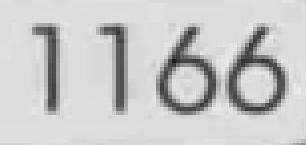
1166